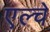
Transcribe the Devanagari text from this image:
एल्चे